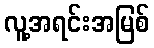
လူ့အရင်းအမြစ်